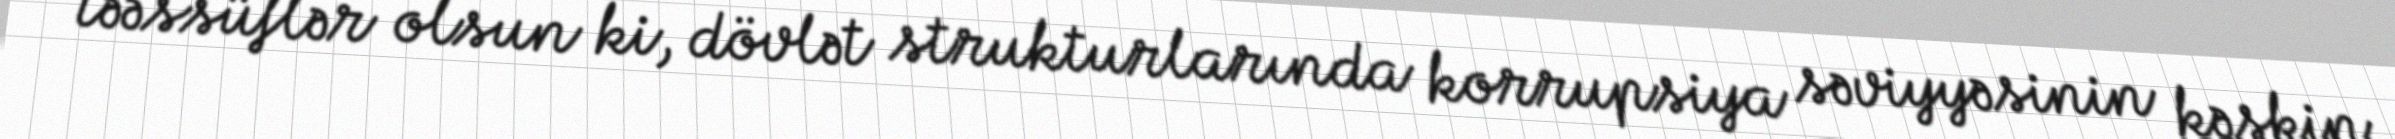
təəssüflər olsun ki, dövlət strukturlarında korrupsiya səviyyəsinin kəskin